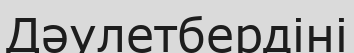
Дәулетбердіні